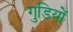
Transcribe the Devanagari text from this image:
गुडियों